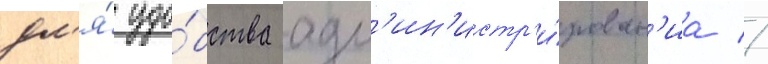
дл'я́ удо́бства адм'ин'истр'и́рован'иа //